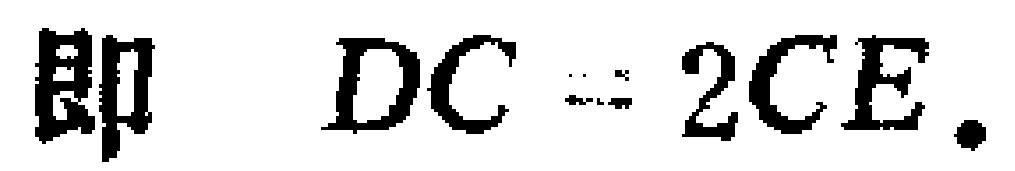
即 \(DC = 2CE.\)